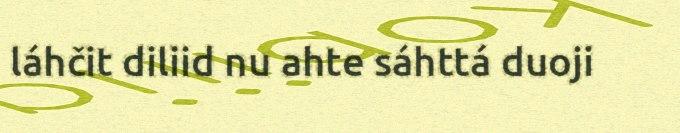
láhčit diliid nu ahte sáhttá duoji